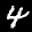
Label: 4